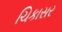
ચિકાસર